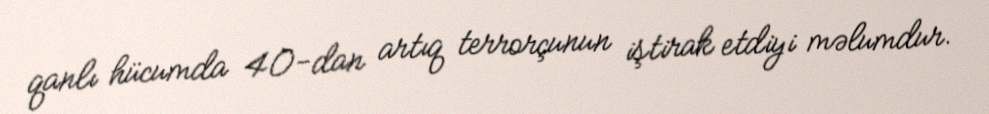
qanlı hücumda 40-dan artıq terrorçunun iştirak etdiyi məlumdur.